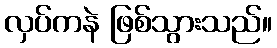
လှပ်ကနဲ ဖြစ်သွားသည်။